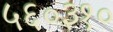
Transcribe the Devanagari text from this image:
५६०३१०